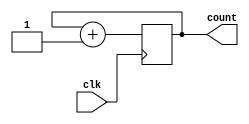
module ring_counter (
  input wire clk, //clock signal
  output reg [3:0] count //4-bit counter output
);

always @(posedge clk)
begin
  count <= count + 1; //increment counter
end

endmodule